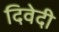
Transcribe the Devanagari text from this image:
दिवेदी